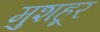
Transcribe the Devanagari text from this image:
मुशहूर